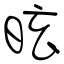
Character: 昡